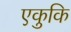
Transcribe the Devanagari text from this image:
एकुकि